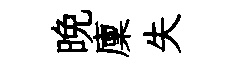
晚廩失